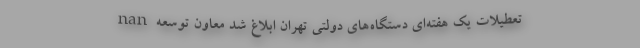
nan تعطیلات یک هفته‌ای دستگاه‌های دولتی تهران ابلاغ شد معاون توسعه